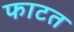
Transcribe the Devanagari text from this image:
फाटत